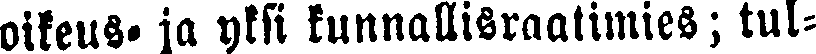
oikeus- ja yksi kunnallisraatimies; tul-